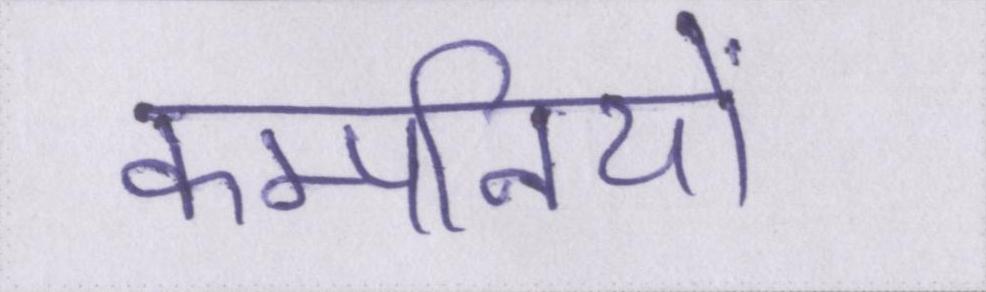
कम्पनियों